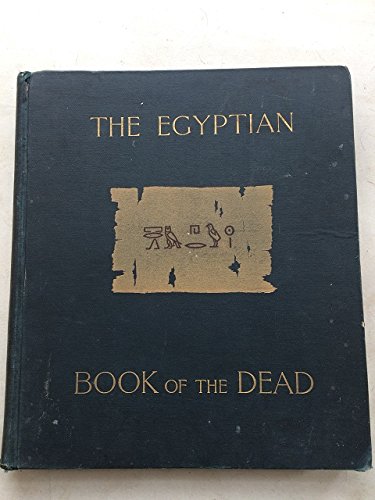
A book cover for The Egyptian Book of the Dead: the Most Ancient and the Most Important of the Extant Religious Texts of Ancient Egypt. Edited, With Introduction, a Complete Translation and Various Chapters on Its History Symbolism, Etc., Etc; Charles H.S. Davis; Religion & Spirituality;